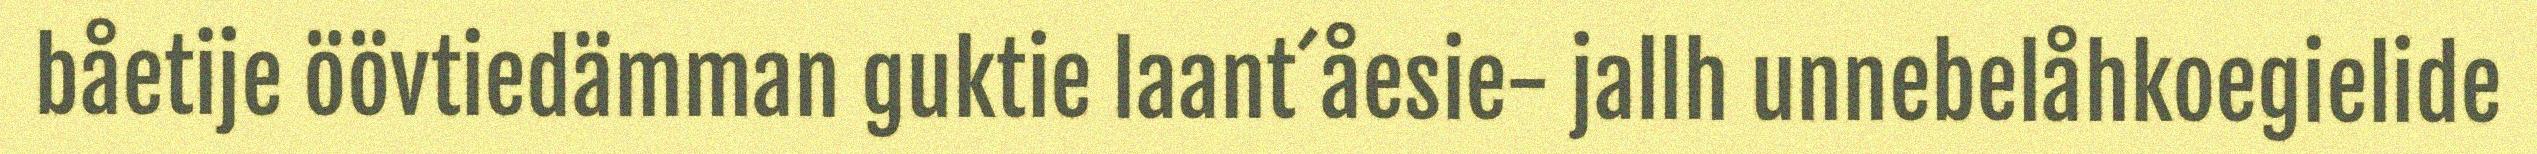
båetije öövtiedämman guktie laant´åesie- jallh unnebelåhkoegielide